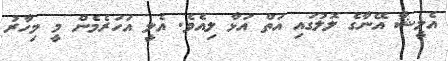
އެލީޝާ އޭނާގެ ލޮލުގައި އަތް އަޅާ ލިއެވެ. އެލީ އަހަރެމެން މީ މިހާރު